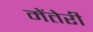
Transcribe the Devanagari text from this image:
मेंतेरी